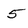
Character: 5